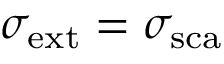
\sigma _ { \mathrm { { e x t } } } = \sigma _ { \mathrm { { s c a } } }